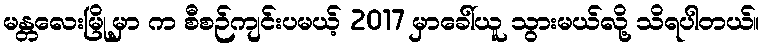
မန္တလေးမြို့မှာ က စီစဉ်ကျင်းပမယ့် 2017 မှာခေါ်ယူ သွားမယ်လို့ သိရပါတယ်။